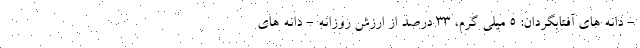
- دانه های آفتابگردان: 5 میلی گرم، 33 درصد از ارزش روزانه - دانه های